Report of the Imperial Institute of Veterinary Research, Muktesar
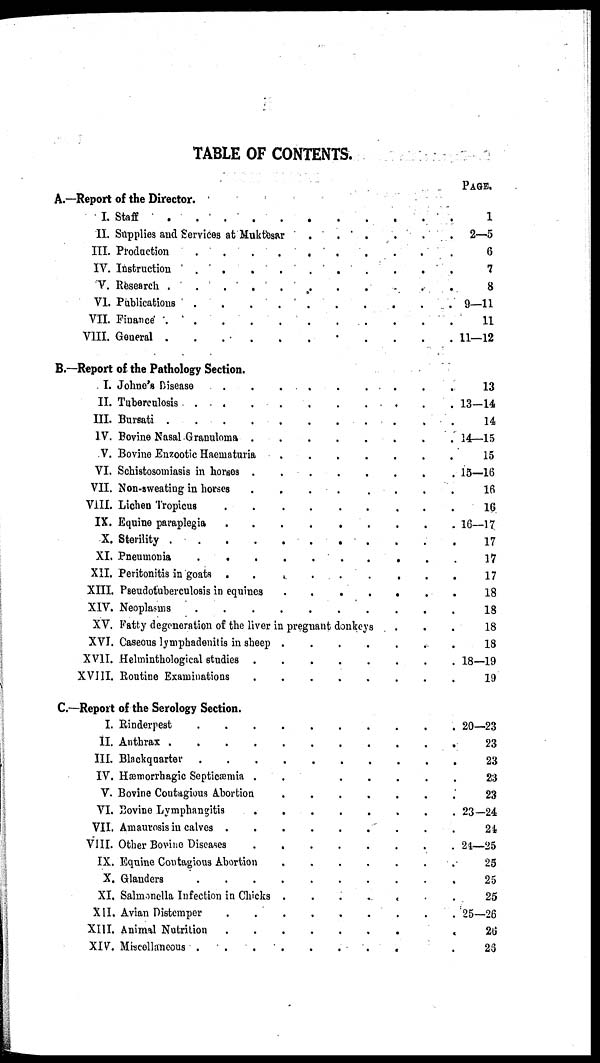
TABLE OF CONTENTS.
A.—Report of the Director.
I. Staff
II. Supplies and Services at Muktesar
III. Production
IV. Instruction
V. Research
VI. Publications
VII. Finance
VIII. General .
PAGE.
1
2—5
6
7
8
9—11
11
11—12
B.—Report of the Pathology Section.
I. Johne's Disease
II. Tuberculosis
III. Bursati
....
IV. Bovine Nasal Granuloma .
V. Bovine Enzootic Haematuria
VI. Schistosomiasis in horses .
VII. Non-sweating in horses
VIII. Lichen Tropicus
IX. Equine paraplegia
X. Sterility
....
XI. Pneumonia
.
.
XII. Peritonitis in goats .
XIII. Pseudotuberculosis in equines
XIV. Neoplasms
XV. Fatty degeneration of the liver in pregnant donkeys
XVI. Caseous lymphadenitis in sheep
XVII. Helminthological studies .
XVIII. Routine Examinations
13
13-14
14
14—15
15
15—16
16
16
16—17
17
17
17
18
18
18
18
18—19
19
C.—Report of the Serology Section.
I. Rinderpest
II. Anthrax .
III. Blackquarter
IV. Hæmorrhagic Septicæmia .
V. Bovine Contagious Abortion
VI. Bovine Lymphangitis
VII. Amaurosis in calves .
VIII. Other Bovine Diseases
IX. Equine Contagious Abortion
X. Glanders
XI. Salmonella Infection in Chicks .
XII. Avian Distemper
XIII. Animal Nutrition
XIV. Miscellaneous .
20—23
23
23
23
23
23-24
24
24—25
25
25
25
25—26
26
25